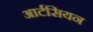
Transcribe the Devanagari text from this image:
आर्टसियन